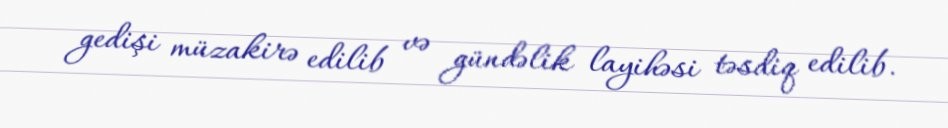
gedişi müzakirə edilib və gündəlik layihəsi təsdiq edilib.